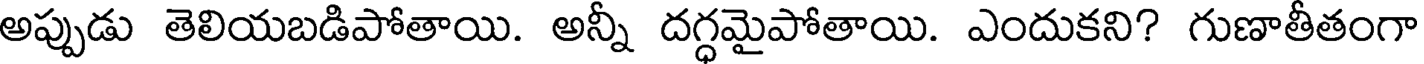
అప్పుడు తెలియబడిపోతాయి. అన్నీ దగ్ధమైపోతాయి. ఎందుకని? గుణాతీతంగా